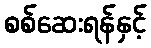
စစ်ဆေးရန်နှင့်